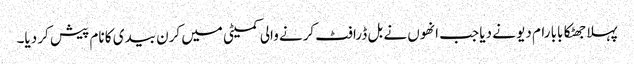
پہلا جھٹکا بابا رام دیو نے دیا جب انھوں نے بل ڈرافٹ کرنے والی کمیٹی میں کرن بیدی کا نام پیش کر دیا۔